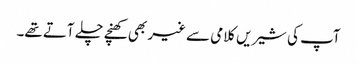
آپ کی شیریں کلامی سے غیر بھی کھنچے چلے آتے تھے۔